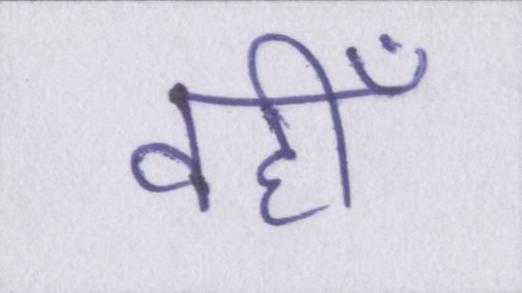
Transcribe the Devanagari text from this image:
वहीँ